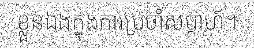
ខ្លួនឯងក្នុងការប្រចាំសប្តាហ៍។